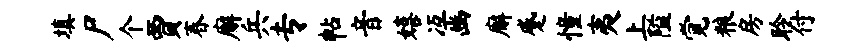
填尸个贾春廨兵专帖音嬉冱豳廨蹙憧夷上隘觉粮房聆付